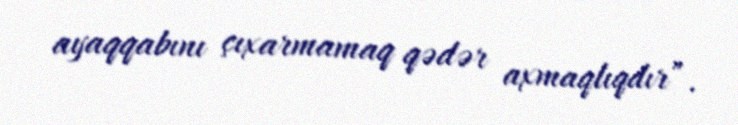
ayaqqabını çıxarmamaq qədər axmaqlıqdır”.